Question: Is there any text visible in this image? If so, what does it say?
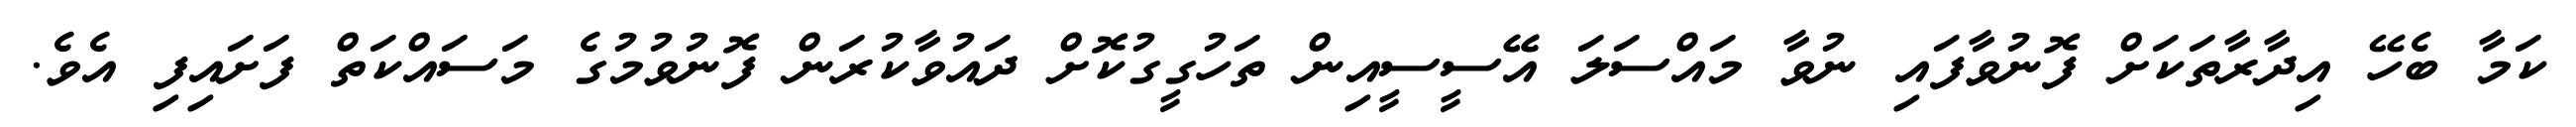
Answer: ކަމާ ބެހޭ އިދާރާތަކަށް ފޮނުވާފައި ނުވާ މައްސަލަ އޭޭސީސީއިން ތަހުގީގުކޮށް ދައުވާކުރަން ފޮނުވުމުގެ މަސައްކަތް ފަށައިފި އެވެ.